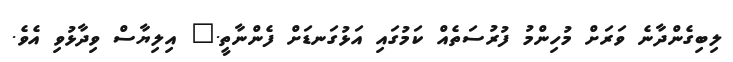
ލިބިގެންދާނެ ވަރަށް މުހިންމު ފުރުސަތެއް ކަމުގައި އަޅުގަނޑަށް ފެންނާތީ." އިލިޔާސް ވިދާޅުވި އެވެ.